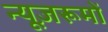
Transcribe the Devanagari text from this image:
न्यूज़रूमों